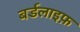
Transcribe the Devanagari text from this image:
बर्डलाइफ़